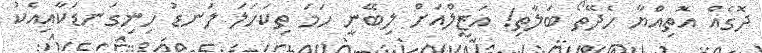
ދޮގެއް އޮތިއްޔާ ހެދޭތޯ ބަލާތި! އަޒީލްއަށް ލިބޭނީ ހަަމަ ތިކަހަލަ ލަނޑު ހިނިގަނޑަކާއިއެކު